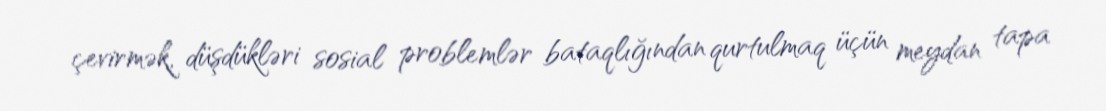
çevirmək, düşdükləri sosial problemlər bataqlığından qurtulmaq üçün meydan tapa